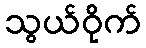
သွယ်ဝိုက်